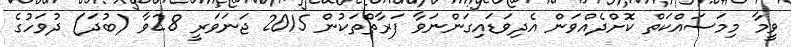
ވީމާ މިމަސައްކަތް ކޮށްދެއްވަން އެދިވަޑައިގަންނަވާ ފަރާތްތަކުން 2015 ޖަނަވަރީ 28ވާ (ބުދަ) ދުވަހުގެ